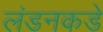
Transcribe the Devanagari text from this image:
लंडनकडे